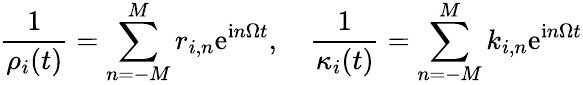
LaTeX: \frac{1}{\rho_{i}(t)}=\sum_{n=-M}^{M}r_{i,n}\mathrm{e}^{\mathrm{i}n\Omega t},\quad\frac{1}{\kappa_{i}(t)}=\sum_{n=-M}^{M}k_{i,n}\mathrm{e}^{\mathrm{i}n\Omega t}